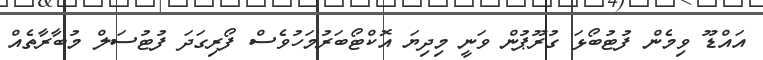
އައްޑޫ ވިމެން ފުޓުބޯޅަ ގުރޫޕުން ވަނީ މިދިޔަ އޮކްޓޯބަރުމަހުވެސް ފޯރިގަދަ ފުޓުސަލް މުބާރާތެއް